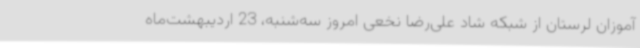
‌آموزان لرستان از شبکه شاد علی‌رضا نخعی امروز سه‌شنبه، 23 اردیبهشت‌ماه